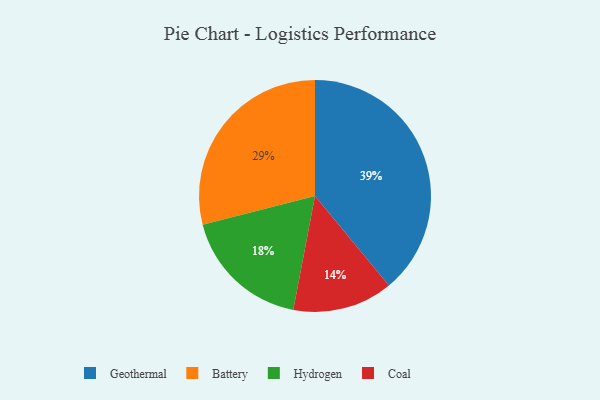
{"axis": {"x": "Category", "y": "Percentage"}, "legend": ["Battery", "Coal", "Geothermal", "Hydrogen"], "data": [{"x": "Hydrogen", "y": 18, "type": "Hydrogen"}, {"x": "Geothermal", "y": 39, "type": "Geothermal"}, {"x": "Battery", "y": 29, "type": "Battery"}, {"x": "Coal", "y": 14, "type": "Coal"}]}